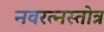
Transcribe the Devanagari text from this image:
नवरत्नस्तोत्र